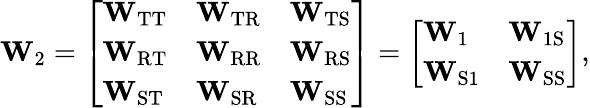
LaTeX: \mathbf{W}_{2}=\left[\begin{array}{lll}{\mathbf{W}_{\mathrm{TT}}}&{\mathbf{W}_{\mathrm{TR}}}&{\mathbf{W}_{\mathrm{TS}}}\\ {\mathbf{W}_{\mathrm{RT}}}&{\mathbf{W}_{\mathrm{RR}}}&{\mathbf{W}_{\mathrm{RS}}}\\ {\mathbf{W}_{\mathrm{ST}}}&{\mathbf{W}_{\mathrm{SR}}}&{\mathbf{W}_{\mathrm{SS}}}\end{array}\right]=\left[\begin{array}{ll}{\mathbf{W}_{1}}&{\mathbf{W}_{\mathrm{1S}}}\\ {\mathbf{W}_{\mathrm{S1}}}&{\mathbf{W}_{\mathrm{SS}}}\end{array}\right],